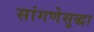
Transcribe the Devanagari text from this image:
सांगणेसुद्धा